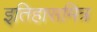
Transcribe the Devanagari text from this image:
इतिहासमित्र